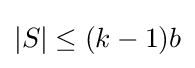
|S|\leq (k-1)b